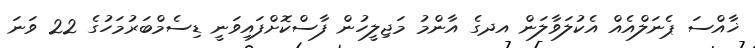
ޚާއްސަ ޕެނަލްއެއް އެކުލަވާލަން އދގެ އާންމު މަޖިލީހުން ފާސްކޮށްފައިވަނީ ޑިސެމްބަރުމަހުގެ 22 ވަނަ